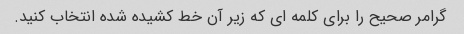
گرامر صحیح را برای کلمه ای که زیر آن خط کشیده شده انتخاب کنید.